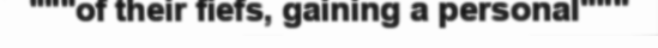
"""of their fiefs, gaining a personal"""